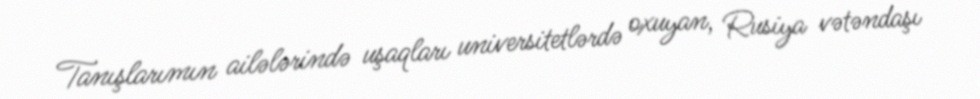
Tanışlarımın ailələrində uşaqları universitetlərdə oxuyan, Rusiya vətəndaşı